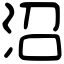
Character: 沼